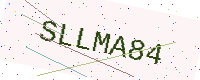
Text: SLLMA84